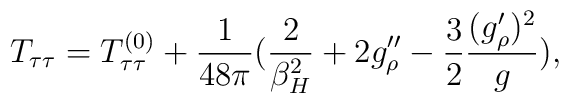
T_{\tau\tau}=T_{\tau\tau}^{(0)}+{1 \over 48\pi} ({2 \over \beta^2_H}+2g''_\rho-{3 \over 2} {(g'_\rho)^2 \over g} ) ,